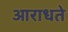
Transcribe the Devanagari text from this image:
आराधते